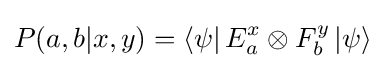
P(a,b|x,y)=\left\langle \psi \right|E_{a}^{x}\otimes F_{b}^{y}\left|\psi \right\rangle